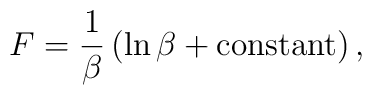
F=\frac1\beta\left(\ln\beta+ \mbox{constant}\right),